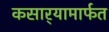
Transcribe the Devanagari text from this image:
कसार्‍यामार्फत